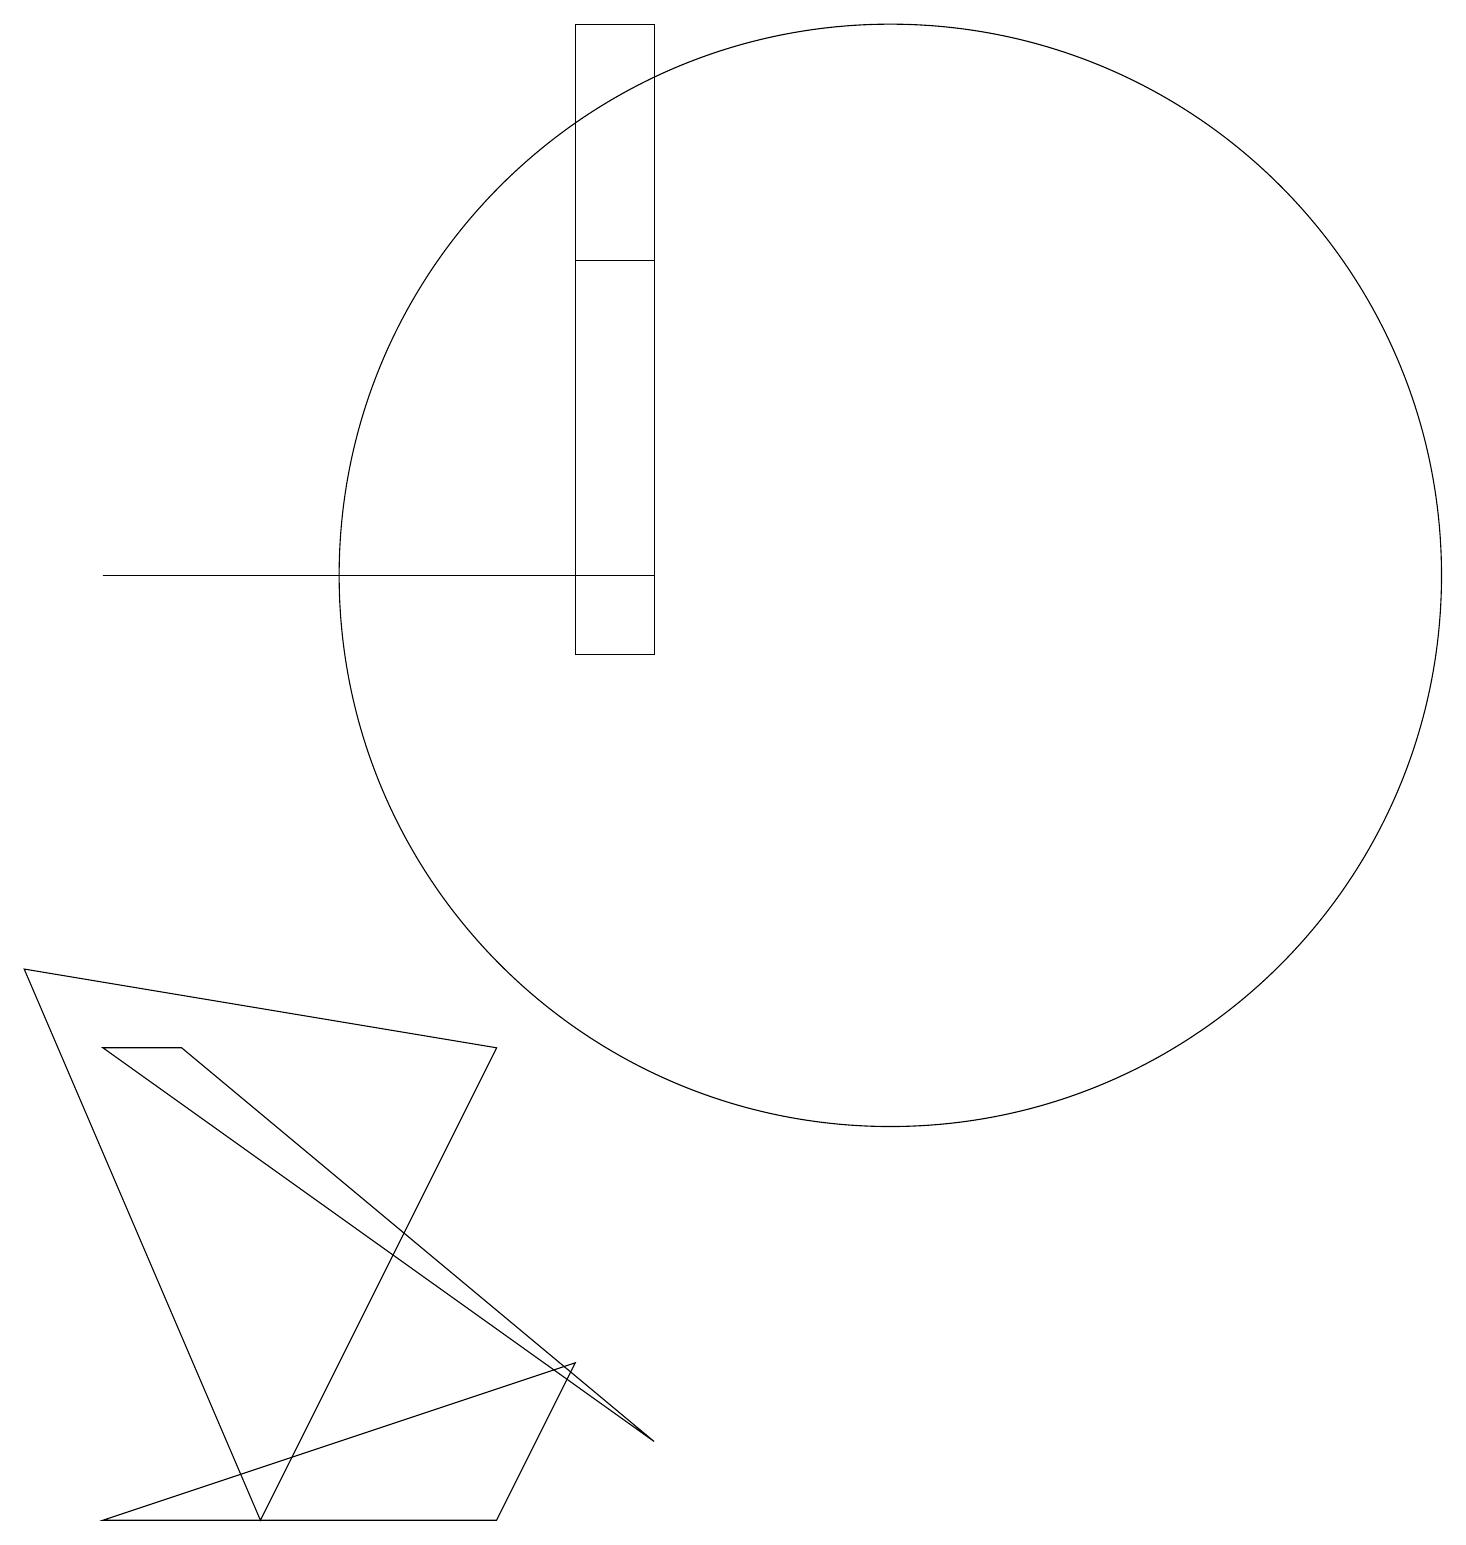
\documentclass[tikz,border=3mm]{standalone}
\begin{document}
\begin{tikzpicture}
\draw (10,11) circle (0);
\draw (8,12) rectangle (1,12);
\draw (11,12) circle (7);
\draw (8,1) -- (2,6) -- (1,6) -- cycle;
\draw (8,16) rectangle (7,11);
\draw (0,7) -- (3,0) -- (6,6) -- cycle;
\draw (7,19) rectangle (8,11);
\draw (1,0) -- (7,2) -- (6,0) -- cycle;
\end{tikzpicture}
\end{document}